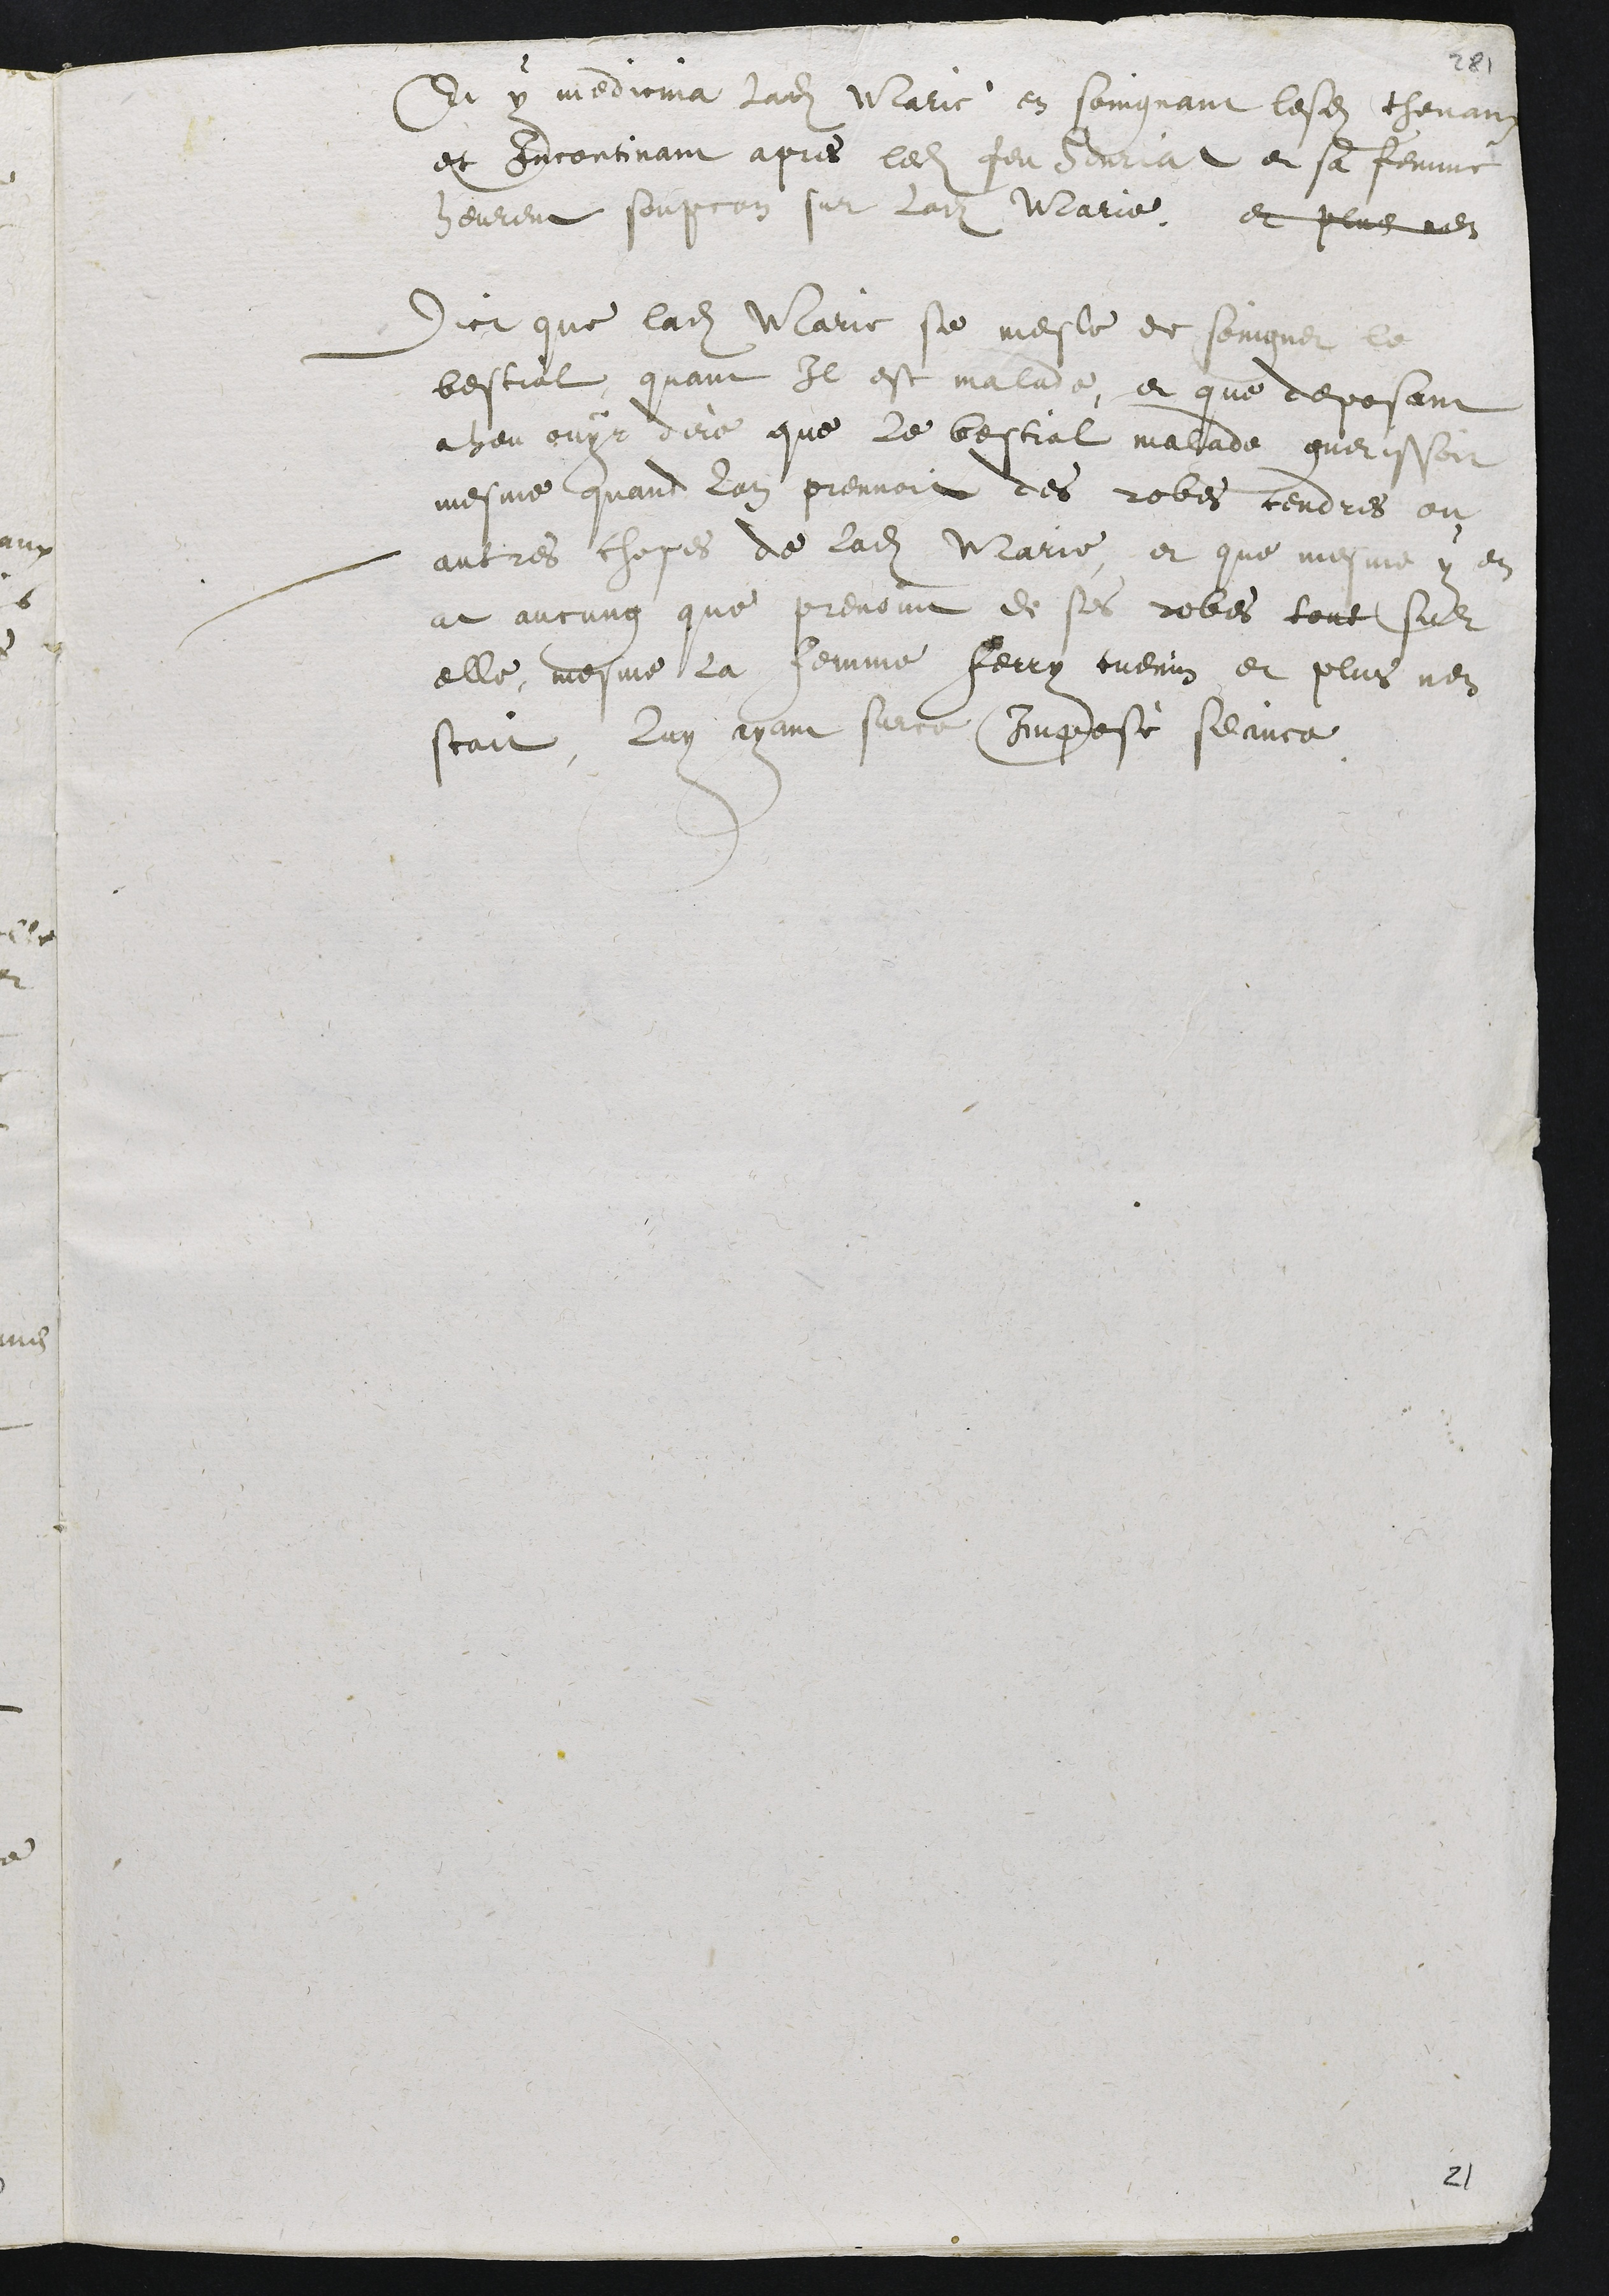
Et y medicina ladite Marie en soingnant lesdits chevaux
Et Incontinant apres ledit feu Henriat et sa femme
heurent soupcon sur ladite Marie. Et plus nen
Dict que ladite Marie se mesle et soingne le
bestial quant Il est malade, et que deposant
a heu ouyr dire que le bestial malade guerissoit
mesme quand lon prennoit des robes cendres ou
autres choses de ladite Marie, et que mesme y en
at aucung que prenoint de ses robes tout sur
elle, mesme la femme ferry Cuenin et plus nen
scait, luy ayant surce Imposè silance.